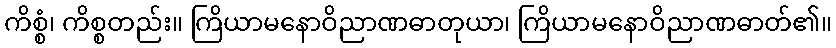
ကိစ္စံ၊ ကိစ္စတည်း။ ကြိယာမနောဝိညာဏဓာတုယာ၊ ကြိယာမနောဝိညာဏဓာတ်၏။